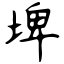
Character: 埤